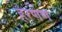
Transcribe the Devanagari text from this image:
हरणेण